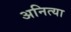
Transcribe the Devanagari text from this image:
अनित्या